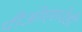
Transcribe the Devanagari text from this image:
पीओएसरेडी